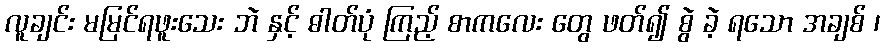
လူချင်း မမြင်ရဖူးသေး ဘဲ နှင့် ဓါတ်ပုံ ကြည့် စာကလေး တွေ ဖတ်၍ စွဲ ခဲ့ ရသော အချစ် ၊